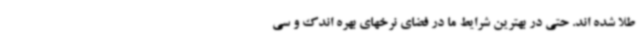
طلا شده اند. حتی در بهترین شرایط ما در فضای نرخهای بهره اندک و سی